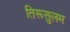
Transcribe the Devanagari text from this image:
तिरूसुलम